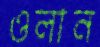
ওলান